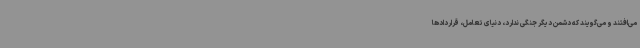
می‌افتند و می‌گویند که دشمن دیگر جنگی ندارد، دنیای تعامل، قراردادها